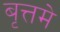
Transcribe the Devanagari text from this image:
बृत्तमे